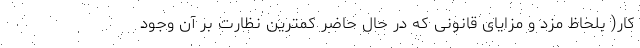
کار( بلحاظ مزد و مزایای قانونی که در حال حاضر کمترین نظارت بر آن وجود